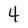
Character: 4